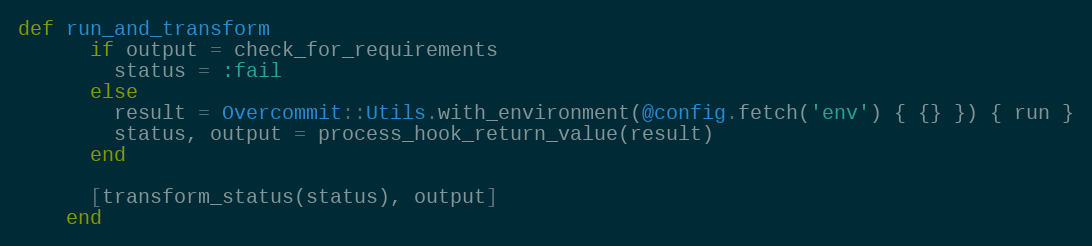
Language: Ruby
def run_and_transform
      if output = check_for_requirements
        status = :fail
      else
        result = Overcommit::Utils.with_environment(@config.fetch('env') { {} }) { run }
        status, output = process_hook_return_value(result)
      end

      [transform_status(status), output]
    end